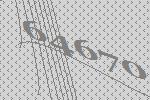
64670